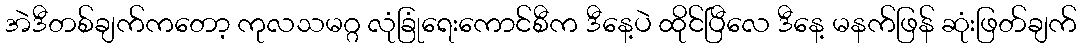
အဲဒီတစ်ချက်ကတော့ ကုလသမဂ္ဂ လုံခြုံရေးကောင်စီက ဒီနေ့ပဲ ထိုင်ပြီလေ ဒီနေ့ မနက်ဖြန် ဆုံးဖြတ်ချက်